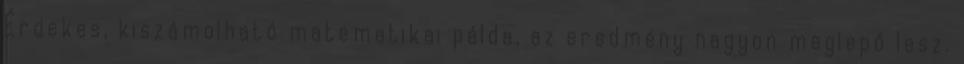
Érdekes, kiszámolható matematikai példa, az eredmény nagyon meglepő lesz.